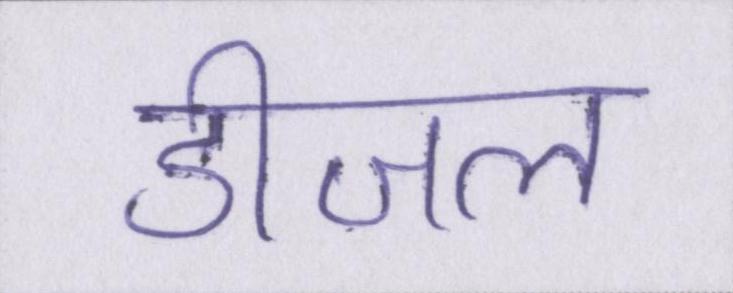
डीजल